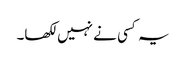
یہ کسی نے نہیں لکھا۔